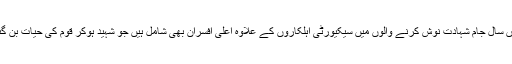
رواں سال جامِ شہادت نوش کرنے والوں میں سیکیورٹی اہلکاروں کے علاوہ اعلیٰ افسران بھی شامل ہیں جو شہید ہوکر قوم کی حیات بن گئے۔